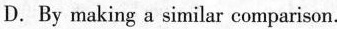
D.By making a similar comparison.